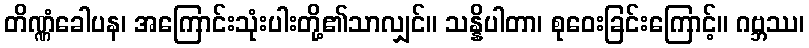
တိဏ္ဏံခေါပန၊ အကြောင်းသုံးပါးတို့၏သာလျှင်။ သန္နိပါတာ၊ စုဝေးခြင်းကြောင့်။ ဂဗ္ဘဿ၊